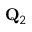
{ \bf Q } _ { 2 }